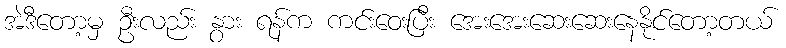
အဲဒီတော့မှ ဦးလည်း နွား ရန်က ကင်းဝေးပြီး အေးအေးဆေးဆေးနေနိုင်တော့တယ်